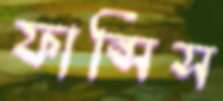
ফান্সিস